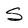
Character: S